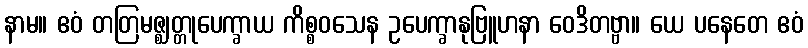
နာမ။ ဧဝံ တတြမဇ္ဈတ္တုပေက္ခာယ ကိစ္စဝသေန ဥပေက္ခာနုဗြူဟနာ ဝေဒိတဗ္ဗာ။ ယေ ပနေတေ ဧဝံ